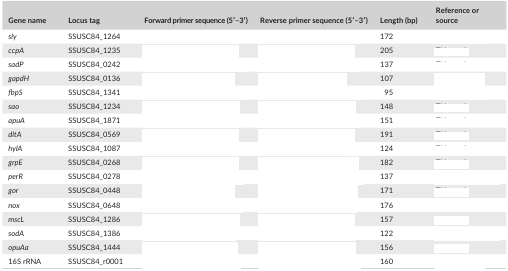
<table><thead><tr><td><b>Gene name</b></td><td><b>Locus tag</b></td><td><b>Forward primer sequence (5′–3′)</b></td><td><b>Reverse primer sequence (5′–3′)</b></td><td><b>Length (bp)</b></td><td><b>Reference or source</b></td></tr></thead><tbody><tr><td><i>sly</i></td><td>SSUSC84_1264</td><td>[EMPTY_CELL]</td><td>[EMPTY_CELL]</td><td>172</td><td>[EMPTY_CELL]</td></tr><tr><td><i>ccpA</i></td><td>SSUSC84_1235</td><td>[EMPTY_CELL]</td><td>[EMPTY_CELL]</td><td>205</td><td>[EMPTY_CELL]</td></tr><tr><td><i>sadP</i></td><td>SSUSC84_0242</td><td>[EMPTY_CELL]</td><td>[EMPTY_CELL]</td><td>137</td><td>[EMPTY_CELL]</td></tr><tr><td><i>gapdH</i></td><td>SSUSC84_0136</td><td>[EMPTY_CELL]</td><td>[EMPTY_CELL]</td><td>107</td><td>[EMPTY_CELL]</td></tr><tr><td><i>fbpS</i></td><td>SSUSC84_1341</td><td>[EMPTY_CELL]</td><td>[EMPTY_CELL]</td><td>95</td><td>[EMPTY_CELL]</td></tr><tr><td><i>sao</i></td><td>SSUSC84_1234</td><td>[EMPTY_CELL]</td><td>[EMPTY_CELL]</td><td>148</td><td>[EMPTY_CELL]</td></tr><tr><td><i>apuA</i></td><td>SSUSC84_1871</td><td>[EMPTY_CELL]</td><td>[EMPTY_CELL]</td><td>151</td><td>[EMPTY_CELL]</td></tr><tr><td><i>dltA</i></td><td>SSUSC84_0569</td><td>[EMPTY_CELL]</td><td>[EMPTY_CELL]</td><td>191</td><td>[EMPTY_CELL]</td></tr><tr><td><i>hylA</i></td><td>SSUSC84_1087</td><td>[EMPTY_CELL]</td><td>[EMPTY_CELL]</td><td>124</td><td>[EMPTY_CELL]</td></tr><tr><td><i>grpE</i></td><td>SSUSC84_0268</td><td>[EMPTY_CELL]</td><td>[EMPTY_CELL]</td><td>182</td><td>[EMPTY_CELL]</td></tr><tr><td><i>perR</i></td><td>SSUSC84_0278</td><td>[EMPTY_CELL]</td><td>[EMPTY_CELL]</td><td>137</td><td>[EMPTY_CELL]</td></tr><tr><td><i>gor</i></td><td>SSUSC84_0448</td><td>[EMPTY_CELL]</td><td>[EMPTY_CELL]</td><td>171</td><td>[EMPTY_CELL]</td></tr><tr><td><i>nox</i></td><td>SSUSC84_0648</td><td>[EMPTY_CELL]</td><td>[EMPTY_CELL]</td><td>176</td><td>[EMPTY_CELL]</td></tr><tr><td><i>mscL</i></td><td>SSUSC84_1286</td><td>[EMPTY_CELL]</td><td>[EMPTY_CELL]</td><td>157</td><td>[EMPTY_CELL]</td></tr><tr><td><i>sodA</i></td><td>SSUSC84_1386</td><td>[EMPTY_CELL]</td><td>[EMPTY_CELL]</td><td>122</td><td>[EMPTY_CELL]</td></tr><tr><td><i>opuAa</i></td><td>SSUSC84_1444</td><td>[EMPTY_CELL]</td><td>[EMPTY_CELL]</td><td>156</td><td>[EMPTY_CELL]</td></tr><tr><td>16S rRNA</td><td>SSUSC84_r0001</td><td>[EMPTY_CELL]</td><td>[EMPTY_CELL]</td><td>160</td><td>[EMPTY_CELL]</td></tr></tbody></table>